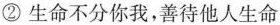
②生命不分你我，善待他人生命